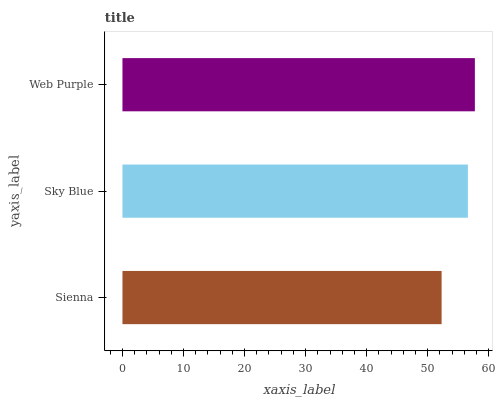
| yaxis_label | bars |
 | --- | --- |
 | Sienna | 52.3 |
 | Sky Blue | 56.6 |
 | Web Purple | 57.7 |